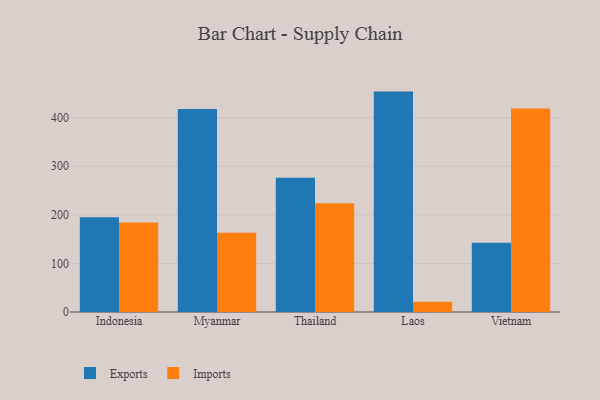
{"axis": {"x": "Country", "y": "Page Views"}, "legend": ["Exports", "Imports"], "data": [{"x": "Indonesia", "y": 194.9, "type": "Exports"}, {"x": "Indonesia", "y": 184.0, "type": "Imports"}, {"x": "Myanmar", "y": 417.6, "type": "Exports"}, {"x": "Myanmar", "y": 163.0, "type": "Imports"}, {"x": "Thailand", "y": 276.5, "type": "Exports"}, {"x": "Thailand", "y": 223.8, "type": "Imports"}, {"x": "Laos", "y": 453.6, "type": "Exports"}, {"x": "Laos", "y": 20.9, "type": "Imports"}, {"x": "Vietnam", "y": 142.5, "type": "Exports"}, {"x": "Vietnam", "y": 418.9, "type": "Imports"}]}